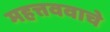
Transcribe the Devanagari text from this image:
महत्तववाचे